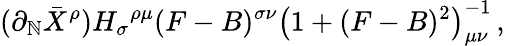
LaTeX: (\partial_{\mathbb{N}}\bar{{X}}^{\rho}){H_{\sigma}}^{\rho\mu}(F-B)^{\sigma\nu}\left(1+(F-B)^{2}\right)_{\mu\nu}^{-1}\, ,